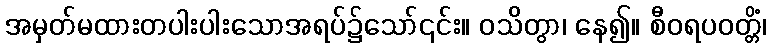
အမှတ်မထားတပါးပါးသောအရပ်၌သော်၎င်း။ ဝသိတွာ၊ နေ၍။ စီဝရပဝတ္တိံ၊